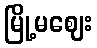
မြို့မဈေး